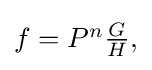
{\textstyle f=P^{n}{\frac {G}{H}},}